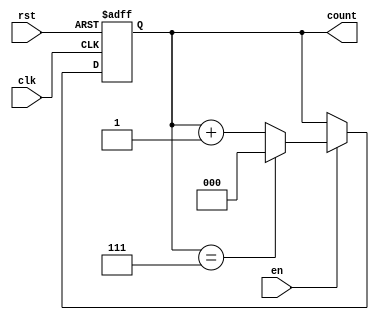
module sync_counter (
    input wire clk,      // Clock input
    input wire rst,      // Reset input (active high)
    input wire en,       // Enable input
    output reg [2:0] count  // 3-bit output count (can be adjusted for wider count)
);

    // Maximum count value can be calculated based on the number of bits
    localparam MAX_COUNT = 3'b111; // For a 3-bit counter, the max count is 7

    // Always block for synchronous behavior
    always @(posedge clk or posedge rst) begin
        if (rst) begin
            count <= 3'b000; // Reset count to 0
        end else if (en) begin
            if (count == MAX_COUNT) begin
                count <= 3'b000; // Wrap around to 0 if max count is reached
            end else begin
                count <= count + 1; // Increment count
            end
        end
        // If 'en' is not asserted, the count retains its current value (no action needed)
    end

endmodule